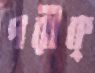
পরীক্